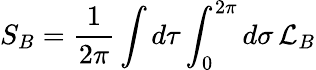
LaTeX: S_{B}=\frac{1}{2\pi}\int d\tau\int_{0}^{2\pi}d\sigma\, {\cal L}_{B}